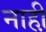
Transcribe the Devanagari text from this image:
नाही़